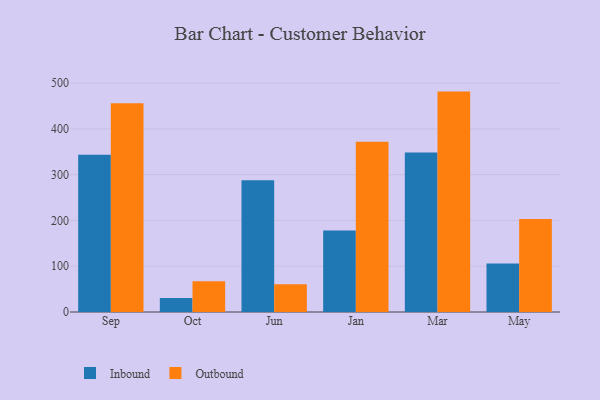
{"axis": {"x": "Month", "y": "Inventory Turnover"}, "legend": ["Inbound", "Outbound"], "data": [{"x": "Sep", "y": 343.6, "type": "Inbound"}, {"x": "Sep", "y": 456.3, "type": "Outbound"}, {"x": "Oct", "y": 30.5, "type": "Inbound"}, {"x": "Oct", "y": 67.0, "type": "Outbound"}, {"x": "Jun", "y": 287.7, "type": "Inbound"}, {"x": "Jun", "y": 60.5, "type": "Outbound"}, {"x": "Jan", "y": 178.2, "type": "Inbound"}, {"x": "Jan", "y": 372.0, "type": "Outbound"}, {"x": "Mar", "y": 348.6, "type": "Inbound"}, {"x": "Mar", "y": 481.5, "type": "Outbound"}, {"x": "May", "y": 106.1, "type": "Inbound"}, {"x": "May", "y": 203.2, "type": "Outbound"}]}